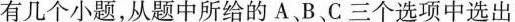
有几个小题,从题中所给的 A、B、C 三个选项中选出